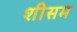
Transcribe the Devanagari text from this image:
शीसम